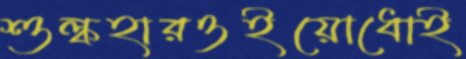
শুল্কহারওইয়োধোই